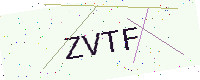
Text: ZVTF